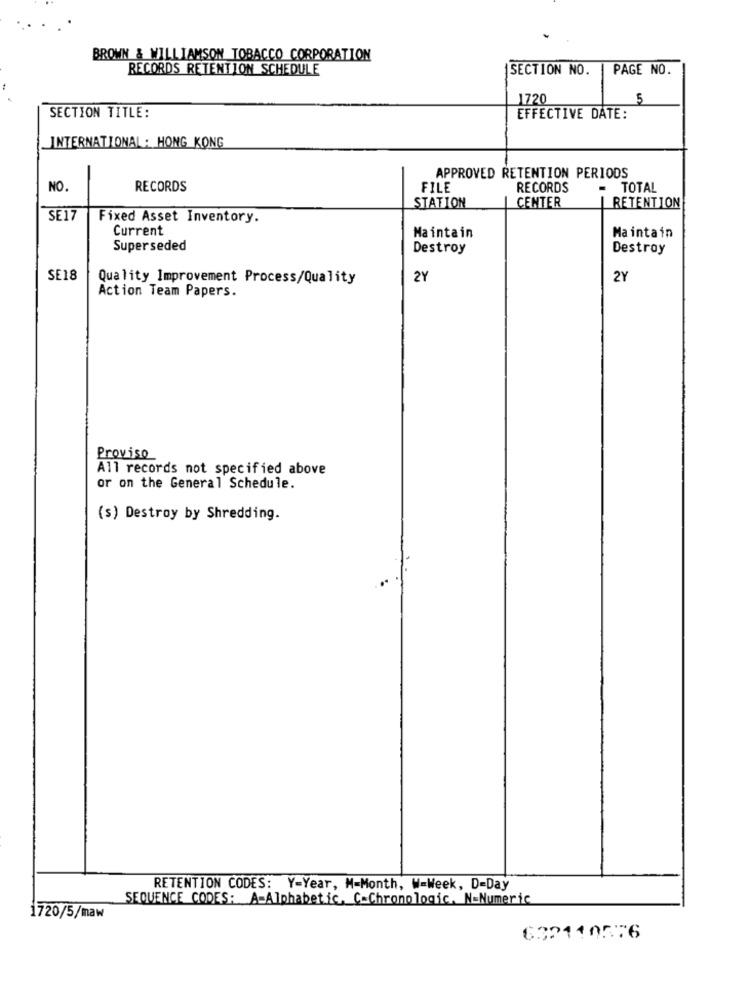
BROWN & WILLIAMSON TOBACCO CORPORATION
RECORDS RETENTION SCHEDULE
SECTION NO.
PAGE NO.
1720
5
SECTION TITLE:
EFFECTIVE DATE:
INTERNATIONAL : HONG KONG
APPROVED RETENTION PERIODS
NO.
RECORDS
FILE
RECORDS
= TOTAL
STATION
CENTER
RETENTION
SE17
Fixed Asset Inventory.
Current
Maintain
Maintain
Super seded
Destroy
Destroy
SE18
Quality Improvement Process/Quality
2Y
2Y
Action Team Papers.
Proviso
All records not specified above
or on the General Schedule.
(s) Destroy by Shredding.
RETENTION CODES: Y-Year, M-Month, W=Week, D-Day
SEQUENCE CODES: A=Alphabetic, C-Chronologic, N=Numeric
1720/5/maw
632110576